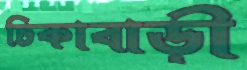
চিকাবাড়ী